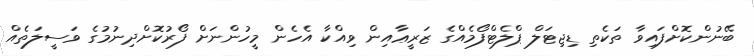
ބޭނުންކޮށްފައިވާ ތަކެތި ޑިޖިޓަލް ޕްލެޓްފޯމެއްގެ ޒަރީޢާއިން ވިއްކާ އެހެން މީހުންނަށް ފޯރުކޮށްދިނުމުގެ ވަސީލަތެއް